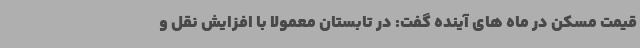
قیمت مسکن در ماه های آینده گفت: در تابستان معمولاً با افزایش نقل و